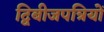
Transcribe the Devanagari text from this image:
द्विबीजपत्रियों